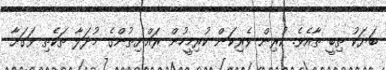
ބަޔަކު ތިބީ ތާއެވެ. ކުރިން ވެރިކަން ކުރިމީހުން ރައްޔިތުންގެ މުދަލާ ތަކެތި ވަގަށާ